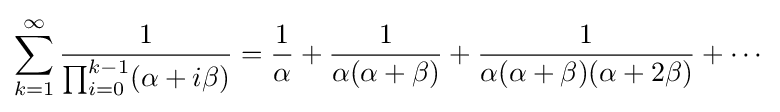
\sum _{k=1}^{\infty }{\frac {1}{\prod _{i=0}^{k-1}(\alpha +i\beta )}}={\frac {1}{\alpha }}+{\frac {1}{\alpha (\alpha +\beta )}}+{\frac {1}{\alpha (\alpha +\beta )(\alpha +2\beta )}}+\cdots